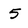
Character: 5